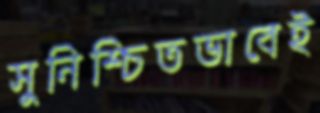
সুনিশ্চিতভাবেই